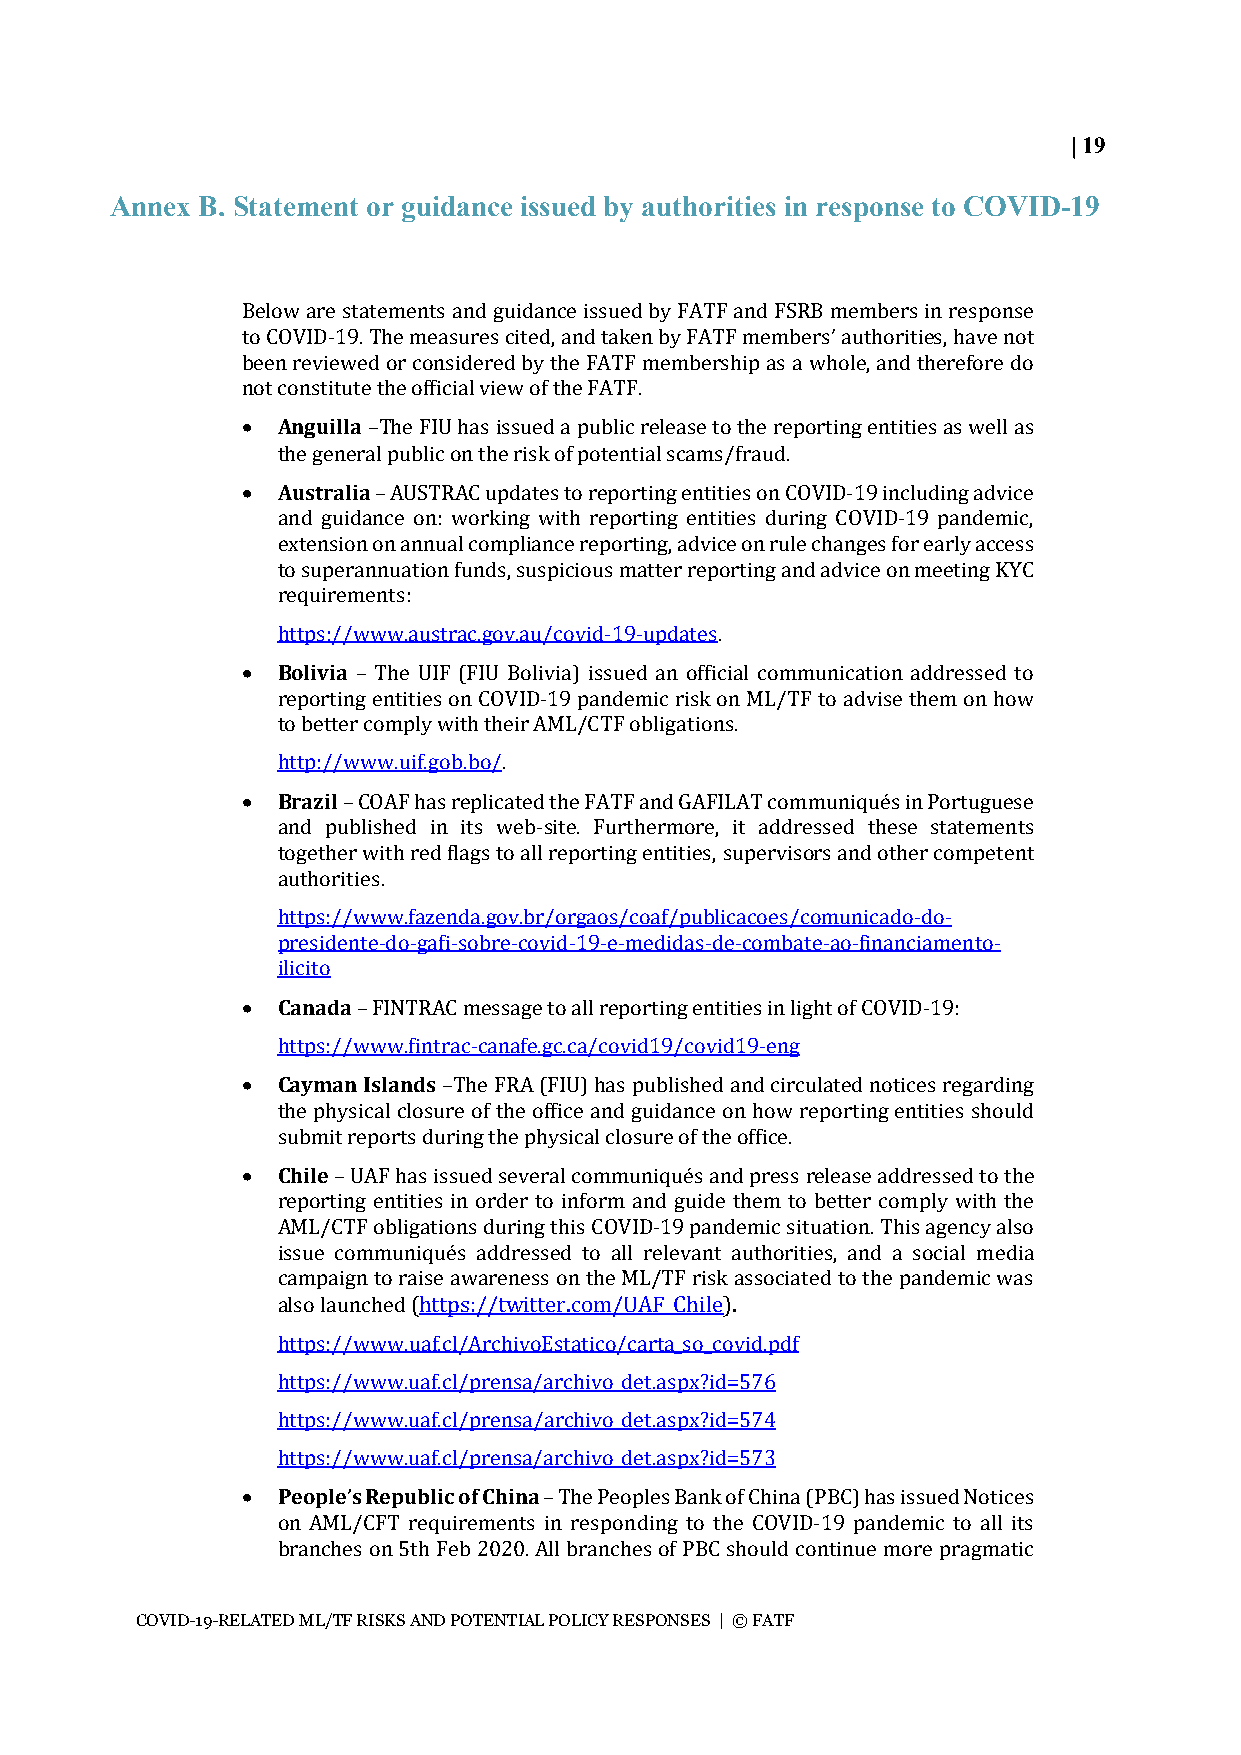
| 19
 Annex B. Statement or guidance issued by authorities in response to COVID-19
 Below are statements and guidance issued by FATF and FSRB members in response
 to COVID-19. The measures cited, and taken by FATF members’ authorities, have not
 been reviewed or considered by the FATF membership as a whole, and therefore do
 not constitute the official view of the FATF.
 • Anguilla –The FIU has issued a public release to the reporting entities as well as
 the general public on the risk of potential scams/fraud.
 • Australia – AUSTRAC updates to reporting entities on COVID-19 including advice
 and guidance on: working with reporting entities during COVID-19 pandemic,
 extension on annual compliance reporting, advice on rule changes for early access
 to superannuation funds, suspicious matter reporting and advice on meeting KYC
 requirements:
 https://www.austrac.gov.au/covid-19-updates.
 • Bolivia – The UIF (FIU Bolivia) issued an official communication addressed to
 reporting entities on COVID-19 pandemic risk on ML/TF to advise them on how
 to better comply with their AML/CTF obligations.
 http://www.uif.gob.bo/.
 • Brazil – COAF has replicated the FATF and GAFILAT communiqués in Portuguese
 and published in its web-site. Furthermore, it addressed these statements
 together with red flags to all reporting entities, supervisors and other competent
 authorities.
 https://www.fazenda.gov.br/orgaos/coaf/publicacoes/comunicado-do-
 presidente-do-gafi-sobre-covid-19-e-medidas-de-combate-ao-financiamento-
 ilicito
 • Canada – FINTRAC message to all reporting entities in light of COVID-19:
 https://www.fintrac-canafe.gc.ca/covid19/covid19-eng
 • Cayman Islands –The FRA (FIU) has published and circulated notices regarding
 the physical closure of the office and guidance on how reporting entities should
 submit reports during the physical closure of the office.
 • Chile – UAF has issued several communiqués and press release addressed to the
 reporting entities in order to inform and guide them to better comply with the
 AML/CTF obligations during this COVID-19 pandemic situation. This agency also
 issue communiqués addressed to all relevant authorities, and a social media
 campaign to raise awareness on the ML/TF risk associated to the pandemic was
 also launched (https://twitter.com/UAF_Chile).
 https://www.uaf.cl/ArchivoEstatico/carta_so_covid.pdf
 https://www.uaf.cl/prensa/archivo_det.aspx?id=576
 https://www.uaf.cl/prensa/archivo_det.aspx?id=574
 https://www.uaf.cl/prensa/archivo_det.aspx?id=573
 • People’s Republic of China – The Peoples Bank of China (PBC) has issued Notices
 on AML/CFT requirements in responding to the COVID-19 pandemic to all its
 branches on 5th Feb 2020. All branches of PBC should continue more pragmatic
 COVID-19-RELATED ML/TF RISKS AND POTENTIAL POLICY RESPONSES | © FATF